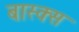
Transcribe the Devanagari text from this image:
बास्क्स